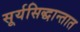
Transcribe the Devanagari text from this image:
सूर्यसिद्धान्तात